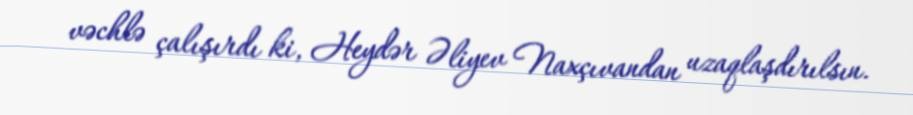
vəchlə çalışırdı ki, Heydər Əliyev Naxçıvandan uzaqlaşdırılsın.